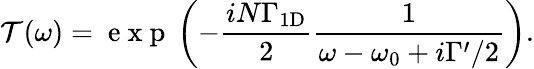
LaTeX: \mathcal{T}(\omega)=\mathrm{~e~x~p~}\left(-\frac{iN\Gamma_{\mathrm{{1D}}}}{2}\frac{1}{\omega-\omega_{0}+i\Gamma^{\prime}/2}\right).